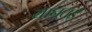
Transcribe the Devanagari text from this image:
यानतई